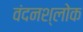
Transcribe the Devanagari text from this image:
वंदनश्लोक